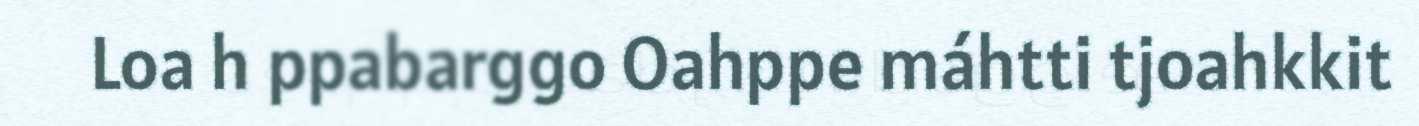
Loa h ppabarggo Oahppe máhtti tjoahkkit